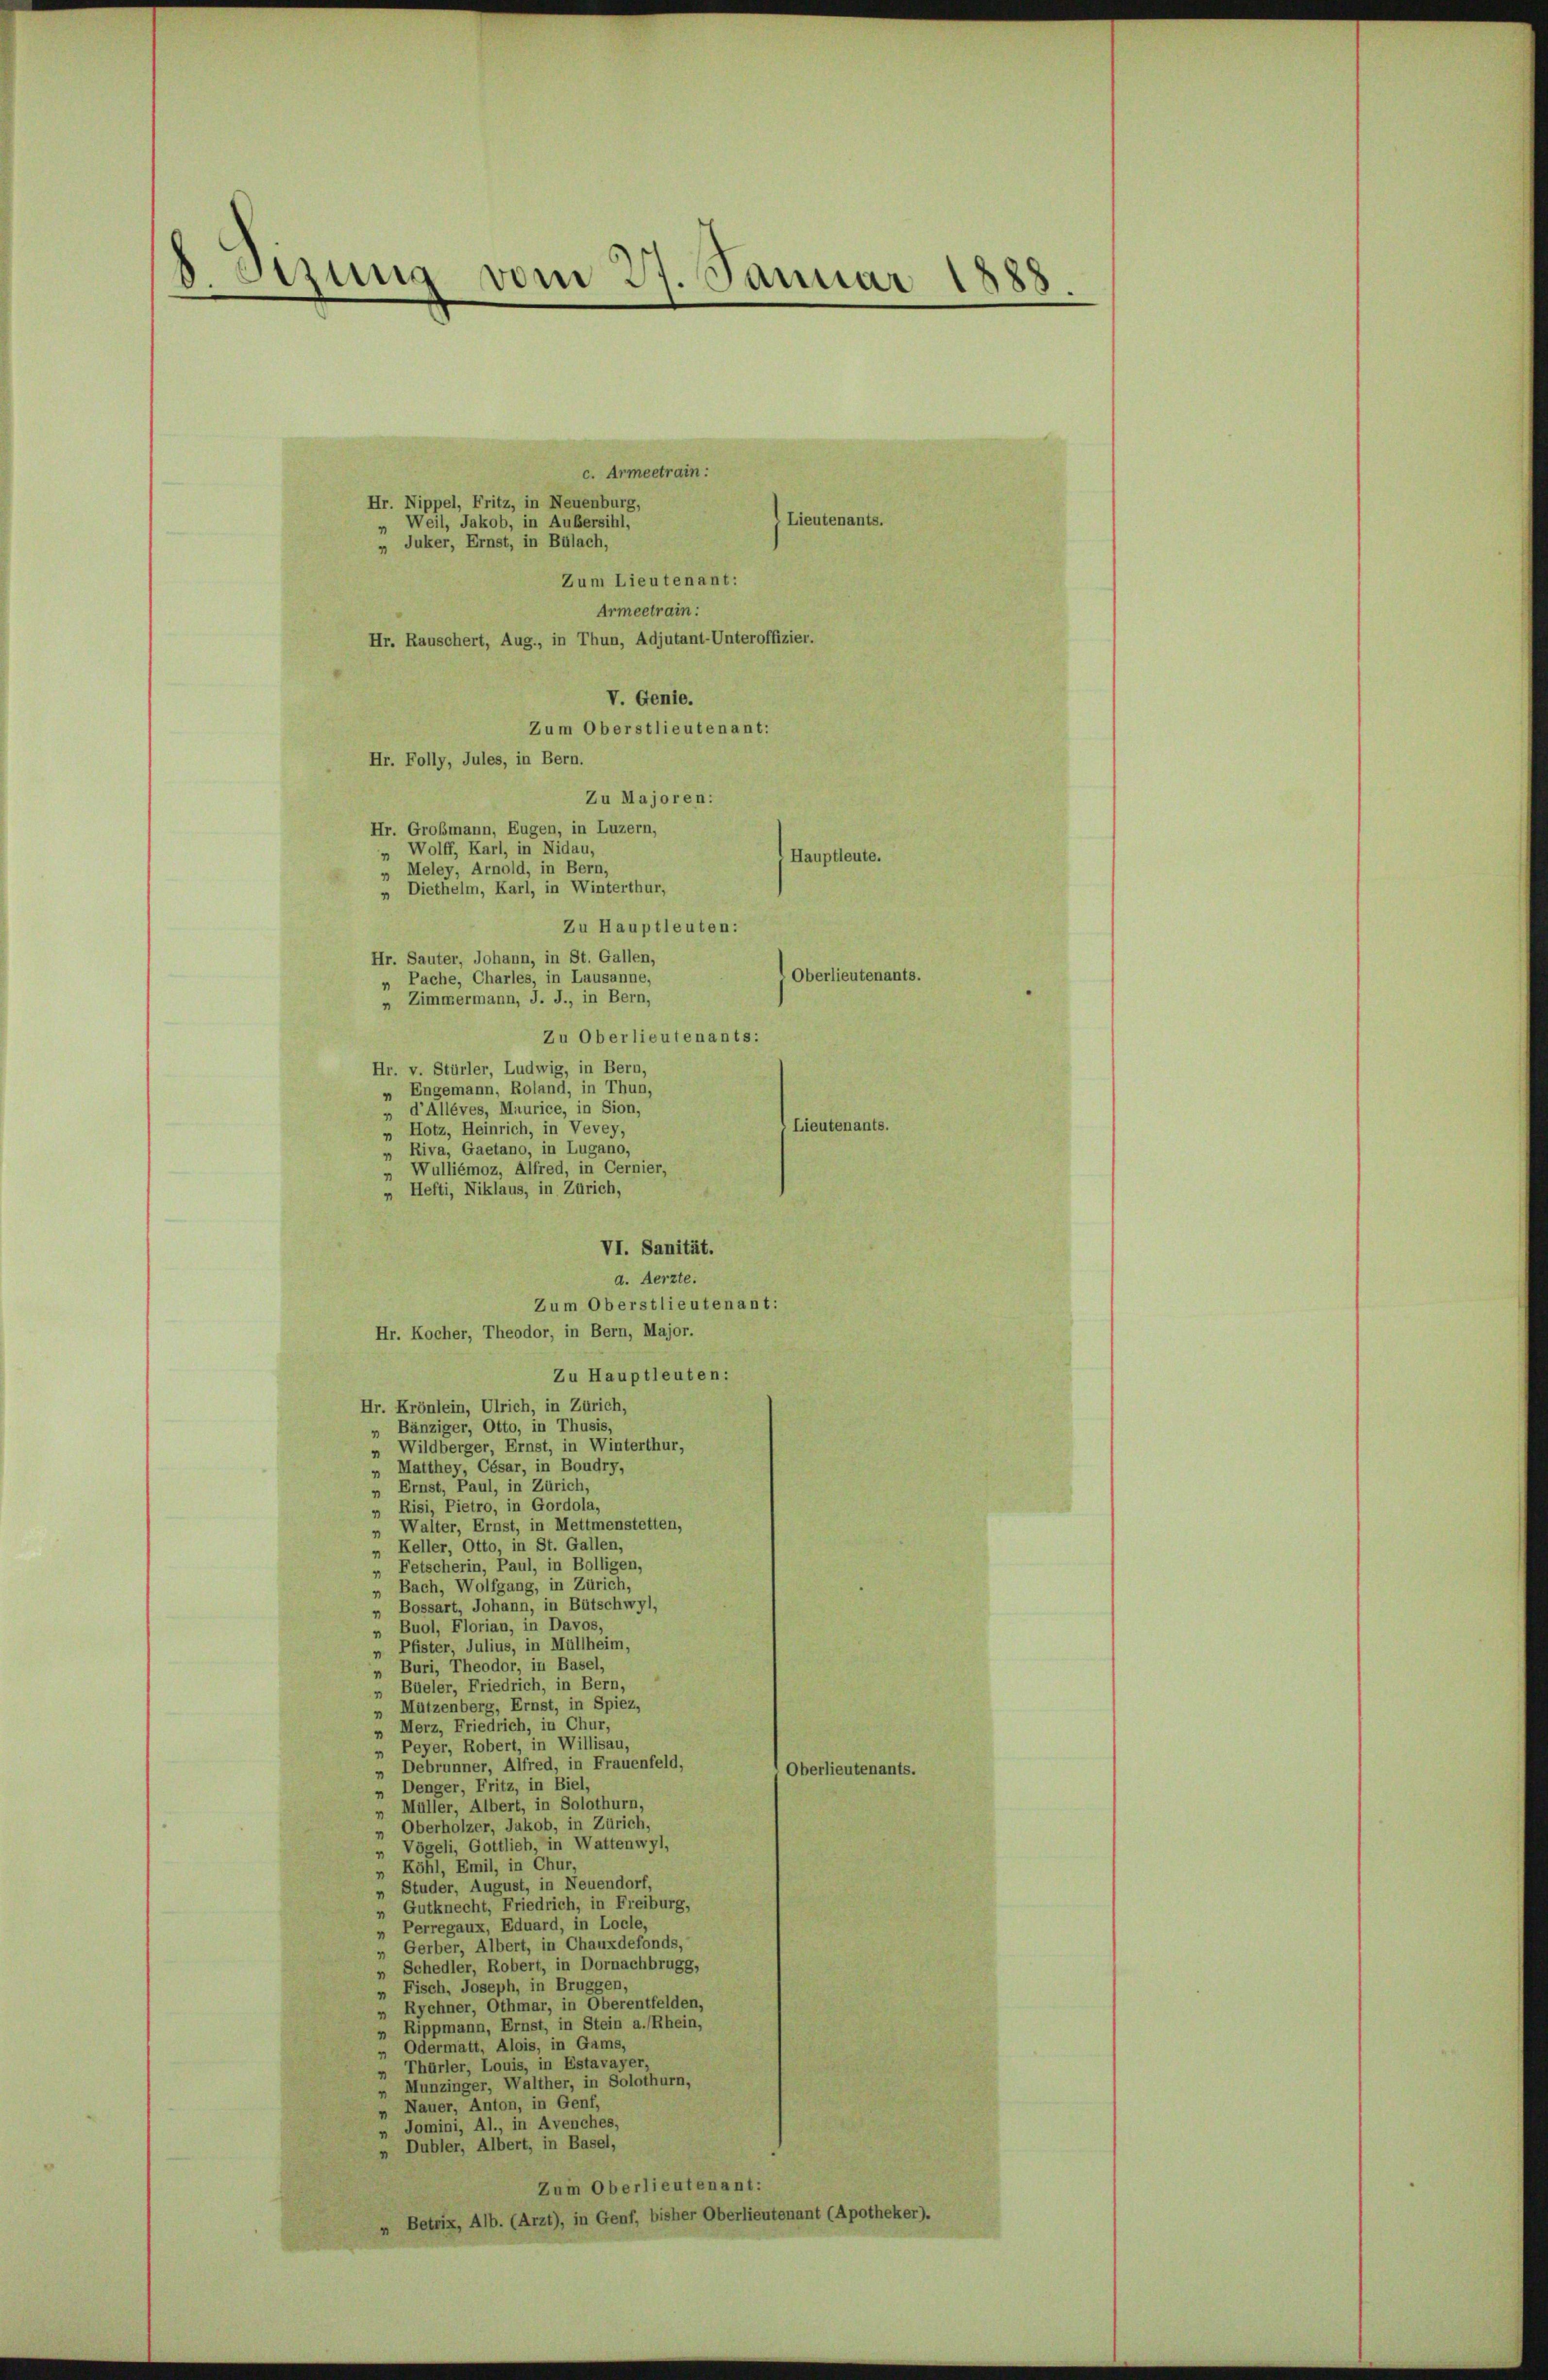
d
Sirung vom 31. Januar 1885

c. Armeetrain:
Hr. Nippel, Fritz, in Neuenburg,
(Lieutenants.
Weil, Jakob, in Außersihl,
„ Juker, Ernst, in Bülach,
Zum Lieutenant:
Armeetrain:
Hr. Rauschert, Aug., in Thun, Adjutant-Unteroffizier.
V. Genie.
Zum Oberstlieutenant:
Hr. Folly, Jules, in Bern.
Zu Majoren:
Hr. Großmann, Eugen, in Luzern,
„ Wolff, Karl, in Nidau,
Hauptleute.
Meley, Arnold, in Bern,
» Diethelm, Karl, in Winterthur,
Zu Hauptleuten:
Hr. Sauter, Johann, in St. Gallen,
Oberlieutenants.
„ Pache, Charles, in Lausanne,
" Zimmermann, J. J., in Bern,
Zu Oberlieutenants:
Hr. v. Stürler, Ludwig, in Bern,
Engemann, Roland, in Thun,
„ d'Alléves, Maurice, in Sion,
Lieutenants.
„ Hotz, Heinrich, in Vevey,
„ Riva, Gaetano, in Lugano,
Wulliémoz, Alfred, in Cernier,
 Hefti, Niklaus, in Zürich,
VI. Sanität.
d. Aerzte.
Zum Oberstlieutenant:
Hr. Kocher, Theodor, in Bern, Major.
Zu Hauptleuten:
Hr. Krönlein, Ulrich, in Zürich,
Bänziger, Otto, in Thusis,
„ Wildberger, Ernst, in Winterthur,
Matthey, César, in Boudry,
„ Ernst, Paul, in Zürich,
„ Risi, Pietro, in Gordola,
Walter, Ernst, in Mettmenstetten,
 Keller, Otto, in St. Gallen,
Fetscherin, Paul, in Bolligen,
Bach, Wolfgang, in Zürich,
Bossart, Johann, in Bütschwyl,
 Buol, Florian, in Davos,
Pfister, Julius, in Müllheim,
Buri, Theodor, in Basel,
Büeler, Friedrich, in Bern,
Mützenberg, Ernst, in Spiez,
Merz, Friedrich, in Chur,
Peyer, Robert, in Willisau,
4
„ Debrunner, Alfred, in Frauenfeld,
O
Denger, Fritz, in Biel
Müller, Albert, in Solothurn,
Oberholzer, Jakob, in Zürich,
Vögeli, Gottlieh, in Wattenwyl,
Köhl, Emil, in Chur,
„ Studer, August, in Neuendorf,
 Gutknecht, Friedrich, in Freiburg,
Perregaux, Eduard, in Locle,
“
Gerber, Albert, in Chauxdefonds,
2
Schedler, Robert, in Dornachbrugg,
Fisch, Joseph, in Bruggen,
Rychner, Othmar, in Oberentfelden,
 Rippmann, Ernst, in Stein a. Rhein,
Odermatt, Alois, in Gams,
Thürler, Louis, in Estavayer,
Munzinger, Walther, in Solothurn,
Nauer, Anton, in Genf,
Jomini, Al., in Avenches,
„ Dubler, Albert, in Basel,
Zum Oberlieutenant:
„ Betrix, Alb. (Arzt), in Genf, bisher Oberlieutenant (Apotheker).